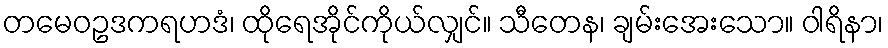
တမေဝဥဒကရဟဒံ၊ ထိုရေအိုင်ကိုယ်လျှင်။ သီတေန၊ ချမ်းအေးသော။ ဝါရိနာ၊